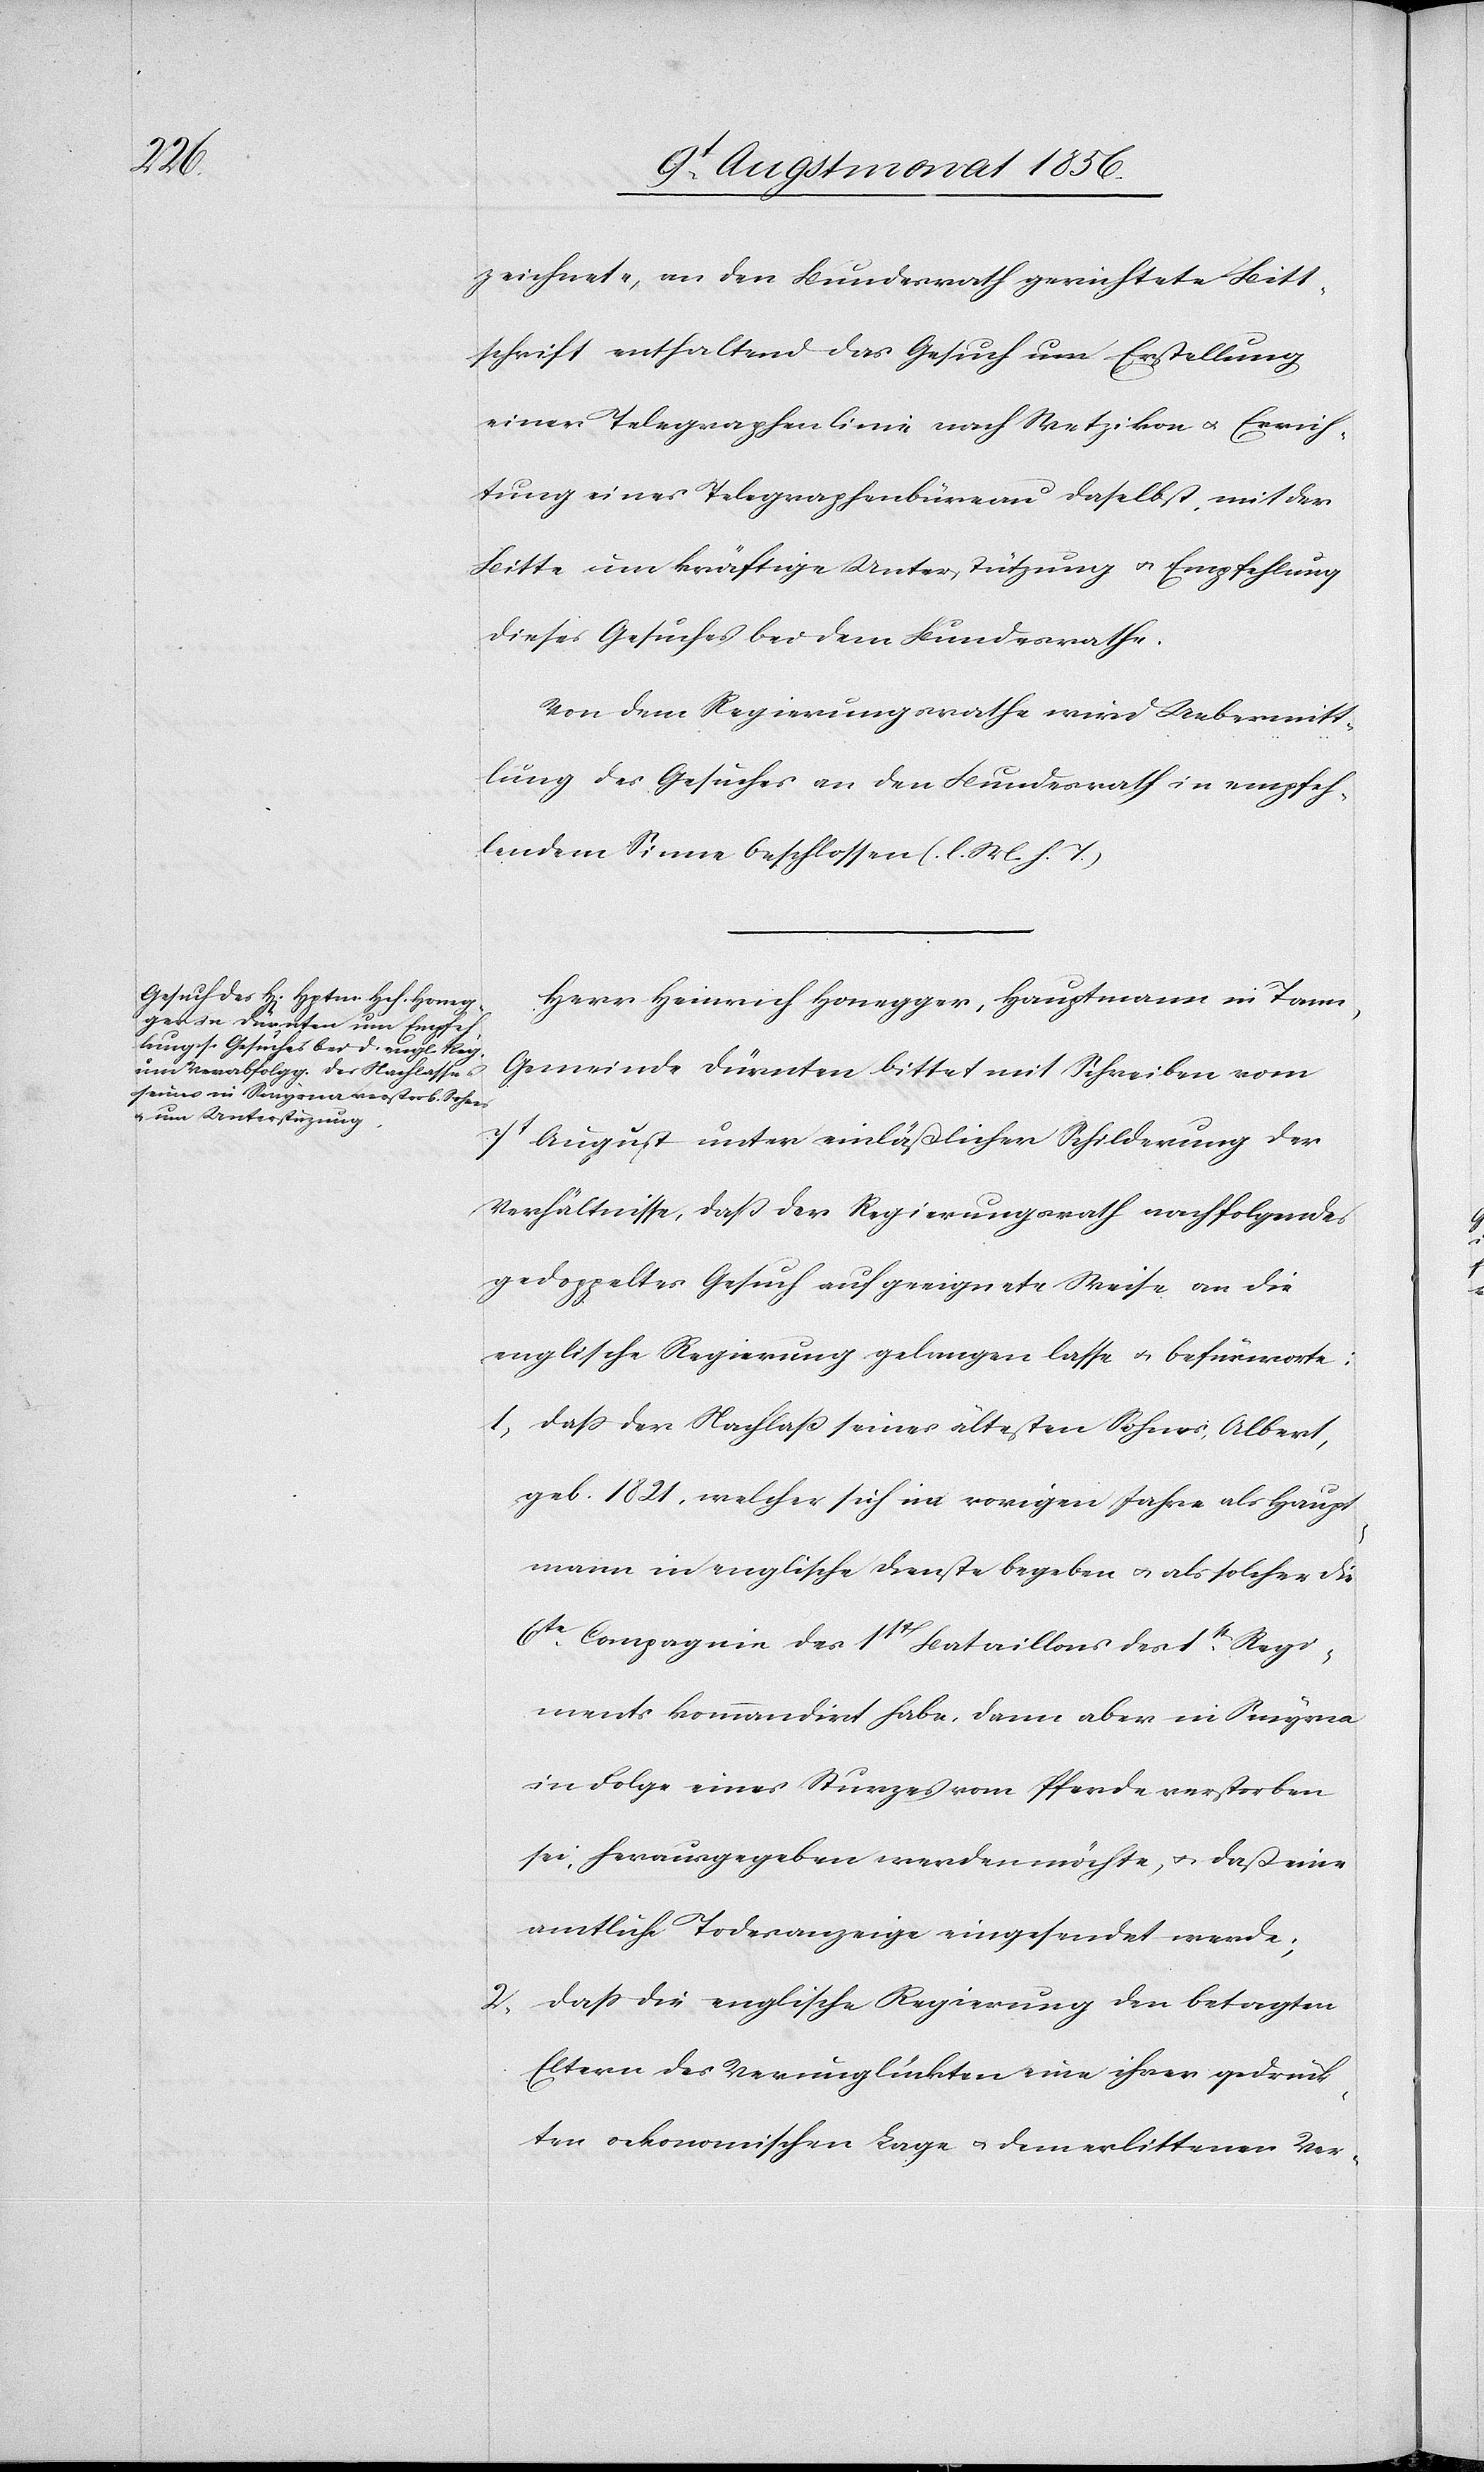
zeichnete, an den Bundesrath gerichtete Bitt¬
schrift enthaltend das Gesuch um Erstellung
einer Telegraphenlinie nach Wetzikon u. Errich¬
tung eines Telegraphenbüreau daselbst, mit der
Bitte um kräftige Unterstützung u. Empfehlung
dieses Gesuches bei dem Bundesrathe.
Von dem Regierungsrathe wird Uebermitt¬
lung des Gesuches an den Bundesrath in empfeh¬
lendem Sinne beschlossen (l. M. h. T.)
Herr Heinrich Honegger, Hauptmann in Tann,
Gemeinde Dürnten bittet mit Schreiben vom
7t August unter einläßlicher Schilderung der
Verhältnisse, daß der Regierungsrath nachfolgendes
gedoppeltes Gesuch auf geeignete Weise an die
englische Regierung gelangen lasse u. befürworte:
1.) dass der Nachlaß seines ältesten Sohnes, Albert,
geb. 1821, welcher sich im vorigen Jahre als Haupt¬
mann in englische Dienste begeben u. als solcher die
6te Compagnie des 1st Bataillons des 1st Regi¬
ments kommandirt habe, dann aber in Smyrna
in Folge eines Sturzes vom Pferde verstorben
sei, herausgegeben werden möchte, u. daß eine
amtliche Todesanzeige eingesendet werde;
2.) dass die englische Regierung den besagten
Eltern des Verunglückten eine ihrer gedruck¬
ten oekonomischen Lage u. dem erlittenen Ver-